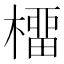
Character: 橊